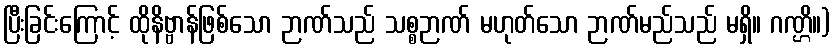
ပြီးခြင်းကြောင့် ထိုနိဗ္ဗာန်ဖြစ်သော ဉာဏ်သည် သစ္စဉာဏ် မဟုတ်သော ဉာဏ်မည်သည် မရှိ။ ဂဏ္ဌိ။)